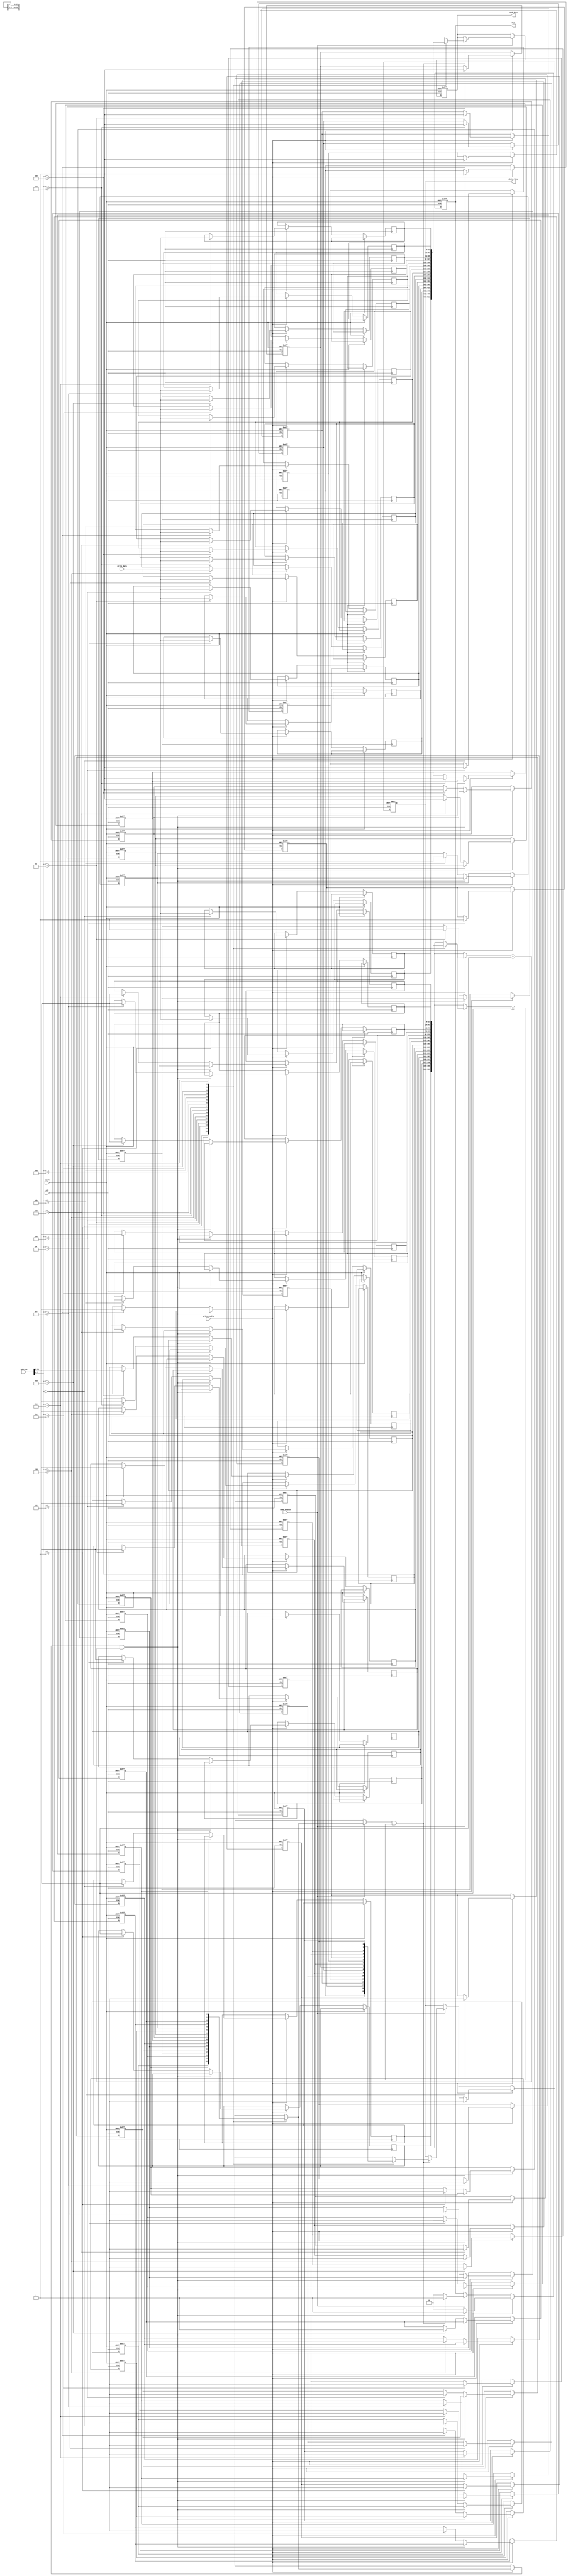
module WriteBackCache #(
    parameter ADDR_WIDTH = 32,     // Address width
    parameter DATA_WIDTH = 32,     // Data width
    parameter CACHE_SIZE = 256,     // Total cache size in bytes
    parameter LINE_SIZE = 16        // Cache line size in bytes
) (
    input  wire                   clk,
    input  wire                   reset,
    input  wire                   write_enable,     // Write enable signal
    input  wire                   read_enable,      // Read enable signal
    input  wire [ADDR_WIDTH-1:0] address,          // Address for read/write
    input  wire [DATA_WIDTH-1:0] write_data,       // Data to write
    output reg  [DATA_WIDTH-1:0] read_data,         // Data read from cache
    output reg                   hit,                // Cache hit indicator
    output reg                   dirty_line          // Dirty line indicator
);

    // Cache configuration
    localparam NUM_LINES = CACHE_SIZE / LINE_SIZE;
    localparam INDEX_WIDTH = $clog2(NUM_LINES);
    localparam OFFSET_WIDTH = $clog2(LINE_SIZE);
    localparam TAG_WIDTH = ADDR_WIDTH - INDEX_WIDTH - OFFSET_WIDTH;

    // Cache structure
    reg [TAG_WIDTH-1:0] tags [0:NUM_LINES-1];        // Tags for cache lines
    reg [DATA_WIDTH-1:0] cache [0:NUM_LINES-1];      // Data storage for cache lines
    reg valid [0:NUM_LINES-1];                        // Valid bits for cache lines
    reg dirty [0:NUM_LINES-1];                        // Dirty bits for cache lines

    // Address decoding
    wire [INDEX_WIDTH-1:0] index = address[OFFSET_WIDTH +: INDEX_WIDTH];
    wire [OFFSET_WIDTH-1:0] offset = address[OFFSET_WIDTH-1:0];
    wire [TAG_WIDTH-1:0] tag = address[ADDR_WIDTH-1:INDEX_WIDTH + OFFSET_WIDTH];

    integer i;

    always @(posedge clk or posedge reset) begin
        if (reset) begin
            // Reset cache
            for (i = 0; i < NUM_LINES; i = i + 1) begin
                valid[i] <= 0;
                dirty[i] <= 0;
            end
            read_data <= 0;
            hit <= 0;
            dirty_line <= 0;
        end else begin
            // Read operation
            if (read_enable) begin
                if (valid[index] && (tags[index] == tag)) begin
                    // Cache hit
                    read_data <= cache[index];
                    hit <= 1;
                    dirty_line <= dirty[index];
                end else begin
                    // Cache miss
                    hit <= 0;
                    // Fetch data from main memory (not implemented in this simplified example)
                    // read_data <= ... (Fetch from memory)
                    // Update cache (not implemented)
                end
            end
            
            // Write operation
            if (write_enable) begin
                if (valid[index] && (tags[index] == tag)) begin
                    // Cache hit, write to cache
                    cache[index] <= write_data;
                    dirty[index] <= 1; // Mark the line as dirty
                    hit <= 1;
                    dirty_line <= 1;
                end else begin
                    // Cache miss
                    hit <= 0;
                    // If the line is valid and dirty, write back to memory (not implemented)
                    // Write back mechanism would go here
                    // Update cache
                    tags[index] <= tag; // Update tag
                    cache[index] <= write_data; // Write data to cache
                    valid[index] <= 1; // Set valid bit
                    dirty[index] <= 1; // Mark the line as dirty
                end
            end
        end
    end
endmodule